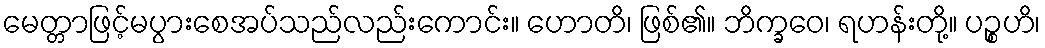
မေတ္တာဖြင့်မပွားစေအပ်သည်လည်းကောင်း။ ဟောတိ၊ ဖြစ်၏။ ဘိက္ခဝေ၊ ရဟန်းတို့။ ပဉ္စဟိ၊